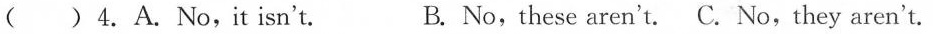
( ) 4.A.No,it isn't. B. No,these aren't. C. No,they aren't.